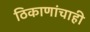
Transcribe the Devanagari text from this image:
ठिकाणांचाही